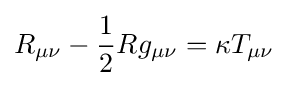
R_{\mu \nu }-{1 \over 2}Rg_{\mu \nu }=\kappa T_{\mu \nu }